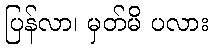
ပြန်လာ၊ မှတ်မိ ပလား